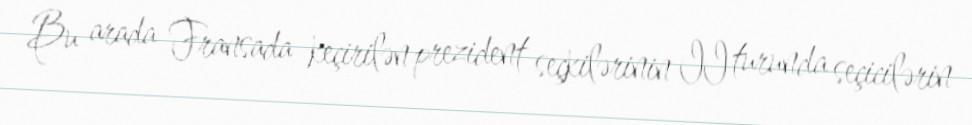
Bu arada Fransada keçirilən prezident seçkilərinin II turunda seçicilərin